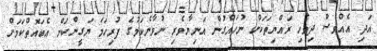
އަދި އެއްވެސް ދިވެހި ރައްޔިތަކަށް ނުހައްގުން އަނިޔާވެރި ނުވާނެކަމުގެ ފުރިހަމަ ޔަގީންކަން އެބައޮތްކަމަށް